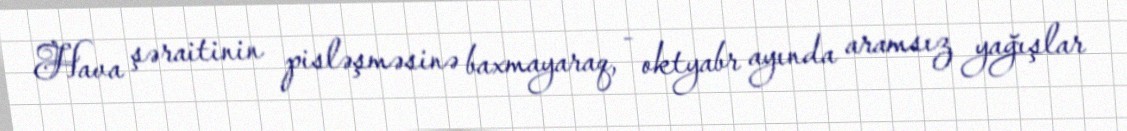
Hava şəraitinin pisləşməsinə baxmayaraq, - oktyabr ayında aramsız yağışlar